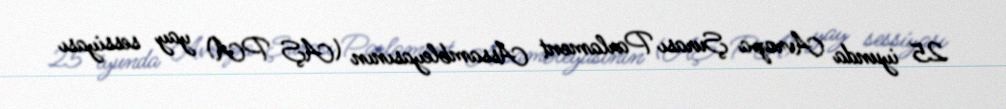
25 iyunda Avropa Şurası Parlament Assambleyasının (AŞ PA) yay sessiyası